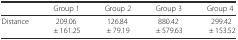
<table><thead><tr><td></td><td><b>Group 1</b></td><td><b>Group 2</b></td><td><b>Group 3</b></td><td><b>Group 4</b></td></tr></thead><tbody><tr><td>Distance</td><td>209.06 ± 161.25</td><td>126.84 ± 79.19</td><td>880.42 ± 579.63</td><td>299.42 ± 153.52</td></tr></tbody></table>